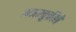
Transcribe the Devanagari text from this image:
नजरचुकीने